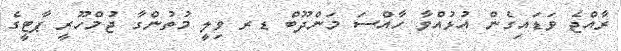
ރާއްޖެ ވަޑައިގެން އުޅުއްވާ ހާއްސަ މަންދޫބް ޑރ ވިލީ މުތުންގާ ޖުމްހޫރީ ޕާޓީގެ